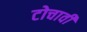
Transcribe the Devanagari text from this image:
टोचावी